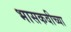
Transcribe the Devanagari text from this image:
भासकवीच्या